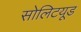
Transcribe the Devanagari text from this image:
सोलिटयूड